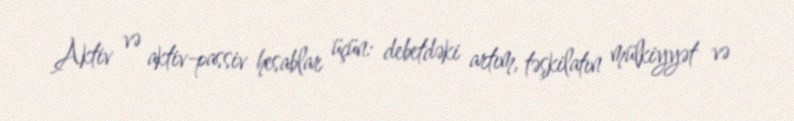
Aktiv və aktiv-passiv hesablar üçün: debetdəki artım, təşkilatın mülkiyyət və